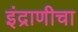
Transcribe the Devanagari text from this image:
इंद्राणीचा